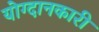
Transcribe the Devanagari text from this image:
योग्दानकारी